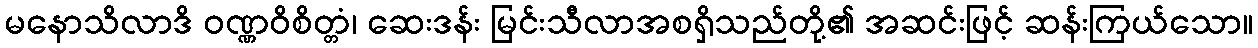
မနောသိလာဒိ ဝဏ္ဏဝိစိတ္တံ၊ ဆေးဒန်း မြင်းသီလာအစရှိသည်တို့၏ အဆင်းဖြင့် ဆန်းကြယ်သော။